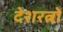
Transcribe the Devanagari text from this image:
देशरत्नों